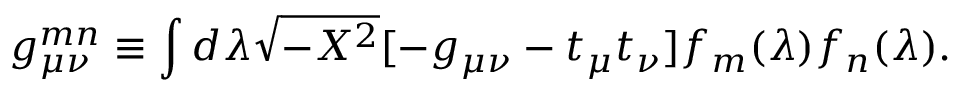
g _ { \mu \nu } ^ { m n } \equiv \int d \lambda \sqrt { - X ^ { 2 } } [ - g _ { \mu \nu } - t _ { \mu } t _ { \nu } ] f _ { m } ( \lambda ) f _ { n } ( \lambda ) .